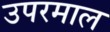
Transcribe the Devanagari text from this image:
उपरमाल